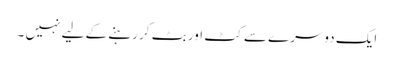
ایک دوسرے سے کٹ اور بٹ کر رہنے کے لیے نہیں ۔